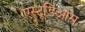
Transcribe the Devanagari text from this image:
एस्टूडिओस